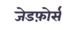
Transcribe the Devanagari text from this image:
जेडफ़ोर्स